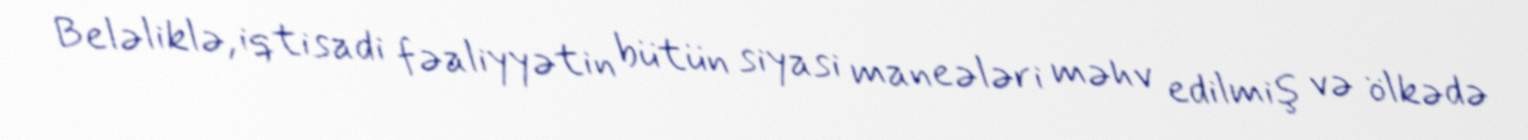
Beləliklə, iqtisadi fəaliyyətin bütün siyasi maneələri məhv edilmiş və ölkədə